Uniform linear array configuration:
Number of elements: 64
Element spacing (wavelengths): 0.5
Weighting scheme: cosine
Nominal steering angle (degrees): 15
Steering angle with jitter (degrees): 13.074
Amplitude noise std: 0.05
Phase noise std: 0.05

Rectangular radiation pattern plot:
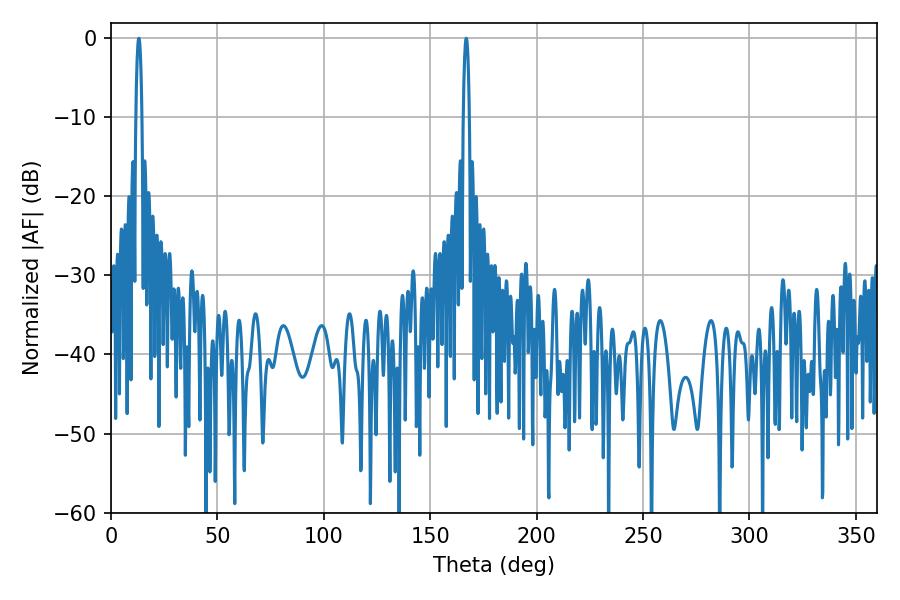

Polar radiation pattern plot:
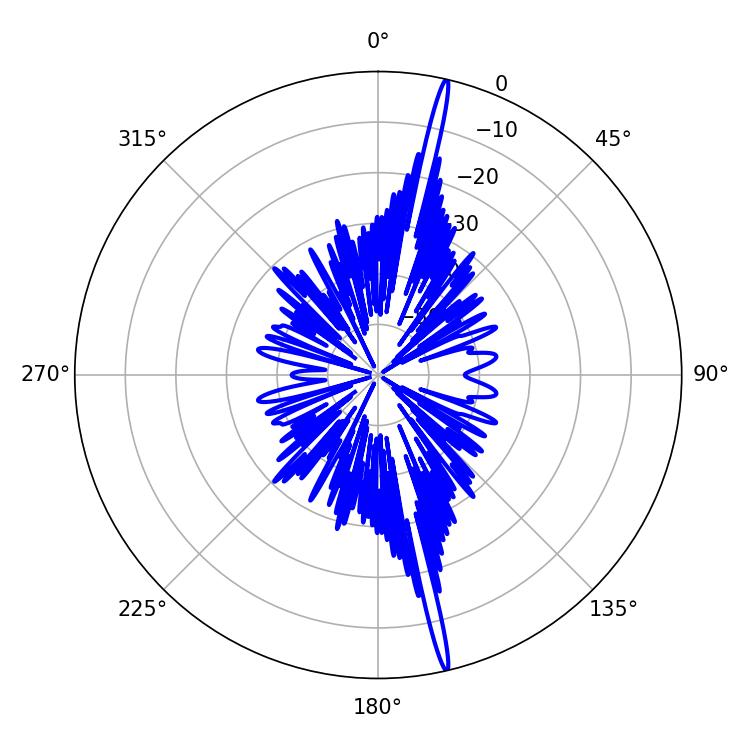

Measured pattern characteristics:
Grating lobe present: FALSE
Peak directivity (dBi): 21.35
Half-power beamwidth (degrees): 1.62
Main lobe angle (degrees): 13.14